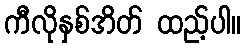
ကီလိုနှစ်အိတ် ထည့်ပါ။